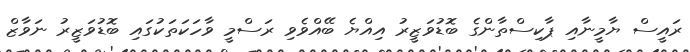
ރައީސް ޔާމީނާއި ޕާކިސްތާންގެ ބޮޑުވަޒީރު އިއްޔެ ބޭއްވެވި ރަސްމީ ވާހަކަތަކުގައި ބޮޑުވަޒީރު ނަވާޒް